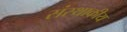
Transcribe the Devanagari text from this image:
संस्थाकीय